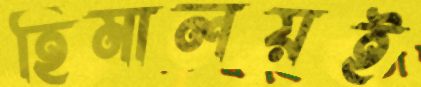
হিমালয়ই